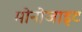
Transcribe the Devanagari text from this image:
मोनोजाइट